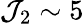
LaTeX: \mathcal{J}_{2}\sim5